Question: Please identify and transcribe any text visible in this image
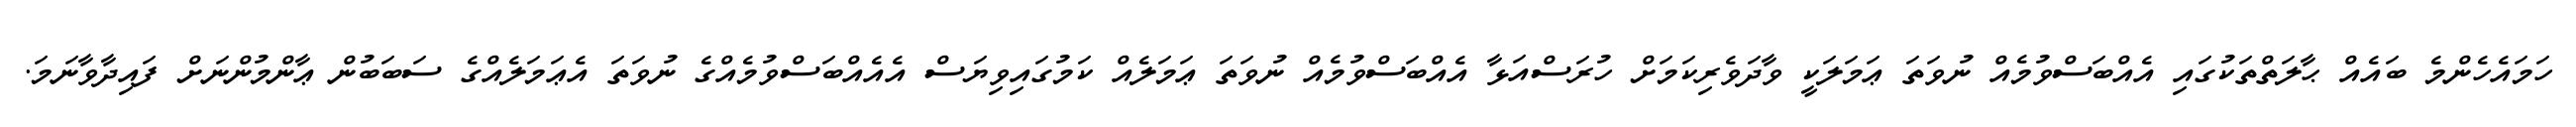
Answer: ހަމައެހެންމެ ބައެއް ޙާލަތްތަކުގައި އެއްބަސްވުމެއް ނުވަތަ ޢަމަލަކީ ވާދަވެރިކަމަށް ހުރަސްއަޅާ އެއްބަސްވުމެއް ނުވަތަ ޢަމަލެއް ކަމުގައިވިޔަސް އެއެއްބަސްވުމެއްގެ ނުވަތަ އެޢަމަލެއްގެ ސަބަބުން ޢާންމުންނަށް ފައިދާވާނަމަ.